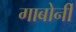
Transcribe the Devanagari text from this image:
गाबोर्नी